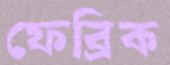
ফেব্রিক